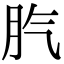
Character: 䏗